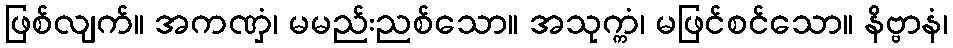
ဖြစ်လျက်။ အကဏှံ၊ မမည်းညစ်သော။ အသုက္ကံ၊ မဖြင်စင်သော။ နိဗ္ဗာနံ၊